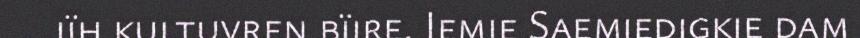
jïh kultuvren bïjre. Iemie Saemiedigkie dam